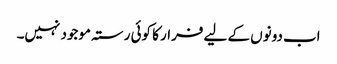
اب دونوں کے لیے فرار کا کوئی رستہ موجود نہیں۔